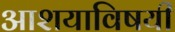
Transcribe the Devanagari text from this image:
आशयाविषयी